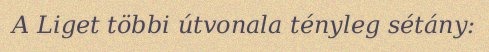
A Liget többi útvonala tényleg sétány: